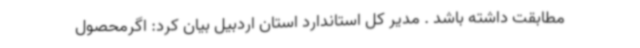
مطابقت داشته باشد . مدیر کل استاندارد استان اردبیل بیان کرد: اگرمحصول